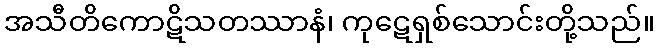
အသီတိကောဋိသတဿာနံ၊ ကုဋေရှစ်သောင်းတို့သည်။